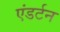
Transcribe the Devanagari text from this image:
एंडर्टन